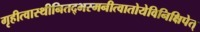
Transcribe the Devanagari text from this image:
गृहीत्वास्थीनितद्भस्मनीत्वातोयेविनिक्षिपेत्